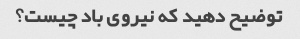
توضیح دهید که نیروی باد چیست؟